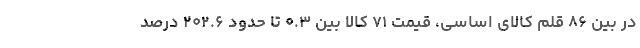
در بین ۸۶ قلم کالای اساسی، قیمت ۷۱ کالا بین ۰.۳ تا حدود ۲۰۲.۶ درصد